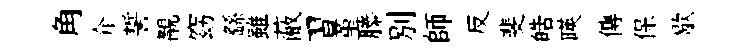
角介誓覯窈繇雖蔽習堇縢别師反斐皓暎傳保歇